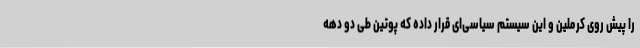
را پیش روی کرملین و این سیستم سیاسی‌ای قرار داده که پوتین طی دو دهه